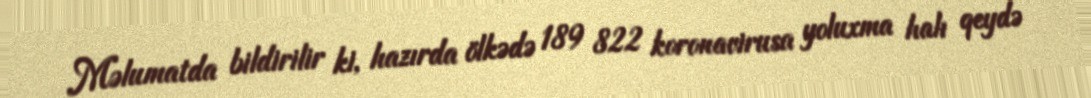
Məlumatda bildirilir ki, hazırda ölkədə 189 822 koronavirusa yoluxma halı qeydə